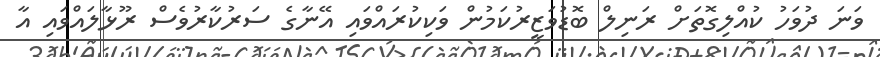
ވަނަ ދުވަހު ކުއްލިގޮތަށް ރަނިލް ބޮޑުވަޒީރުކަމުން ވަކިކުރައްވައި އޭނާގެ ސަރުކާރުވެސް ރޫޅާލައްވައި އާ